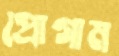
প্রোগাম